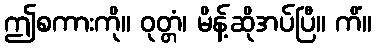
ဤစကားကို။ ဝုတ္တံ၊ မိန့်ဆိုအပ်ပြီ။ ကိံ။